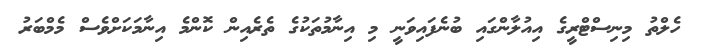
ހެލްތު މިނިސްޓްރީގެ އިއުލާންގައި ބުނެފައިވަނީ މި އިނާމުތަކުގެ ތެރެއިން ކޮންމެ އިނާމަކަށްވެސް މެމްބަރު